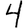
Digit: 4